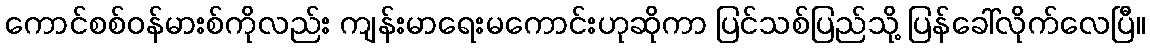
ကောင်စစ်ဝန်မားစ်ကိုလည်း ကျန်းမာရေးမကောင်းဟုဆိုကာ ပြင်သစ်ပြည်သို့ ပြန်ခေါ်လိုက်လေပြီ။